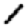
Digit: 1